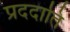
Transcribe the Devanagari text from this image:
प्रददाति